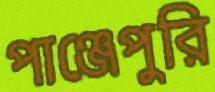
পাঞ্জেপুরি